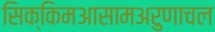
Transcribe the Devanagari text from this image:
सिक्किमआसामअरुणाचल